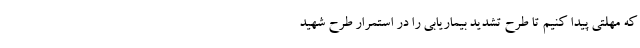
که مهلتی پیدا کنیم تا طرح تشدید بیماریابی را در استمرار طرح شهید